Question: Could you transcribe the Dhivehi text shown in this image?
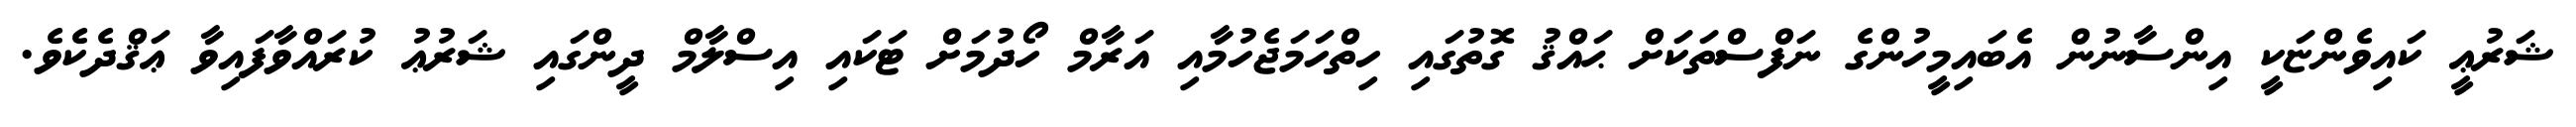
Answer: ޝަރުޢީ ކައިވެންޏަކީ އިންސާނުން އެބައިމީހުންގެ ނަފްސްތަކަށް ޙައްޤު ގޮތުގައި ހިތްހަމަޖެހުމާއި އަރާމް ހޯދުމަށް ޓަކައި އިސްލާމް ދީންގައި ޝަރުޢު ކުރައްވާފައިވާ ޢަޤްދެކެވެ.